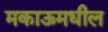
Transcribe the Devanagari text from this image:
मकाऊमधील